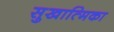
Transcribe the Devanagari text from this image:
सुखात्मिका